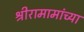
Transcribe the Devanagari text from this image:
श्रीरामामांच्या